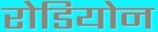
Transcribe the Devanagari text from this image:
रोडियोन